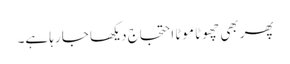
پھر بھی چھوٹا موٹا احتجاج دیکھا جا رہا ہے۔